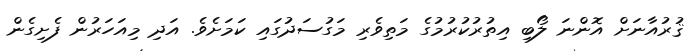
ޤުރުއާނަށް އޮންނަ ލޯބި އިތުރުކުރުމުގެ މަތިވެރި މަގުސަދުގައި ކަމަށެވެ. އަދި މިއަހަރުން ފެށިގެން